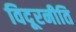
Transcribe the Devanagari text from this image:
विदूरनीति